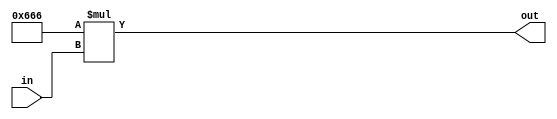
module mult(in, out);

	input signed [8:0] in;
	parameter mult_num = 11'd1638;
	
	output signed [19:0] out;
	
	wire [8:0] in;
	wire [19:0] out;
	
	assign out = mult_num * in;

endmodule